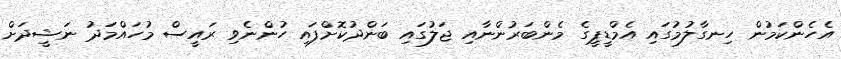
އެހެންކަމުން ހިނގާލުމުގައި އެމްޑީޕީގެ މެންބަރުންނާއި ޖަލުގައި ބަންދުކޮށްފައި ހުންނެވި ރައީސް މުހައްމަދު ނަޝީދަށް